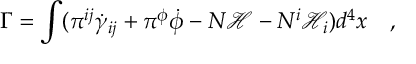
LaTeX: \Gamma = \int ( \pi ^ { i j } \dot { \gamma } _ { i j } + \pi ^ { \phi } \dot { \phi } - N { \mathcal { H } } - N ^ { i } { \mathcal { H } } _ { i } ) d ^ { 4 } x ~ ~ ~ ,